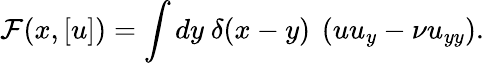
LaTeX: {\cal F}(x,[u])=\int dy~\delta(x-y)~\left(uu_{y}-\nu u_{yy}\right).